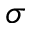
\sigma